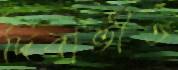
দিবাভীত